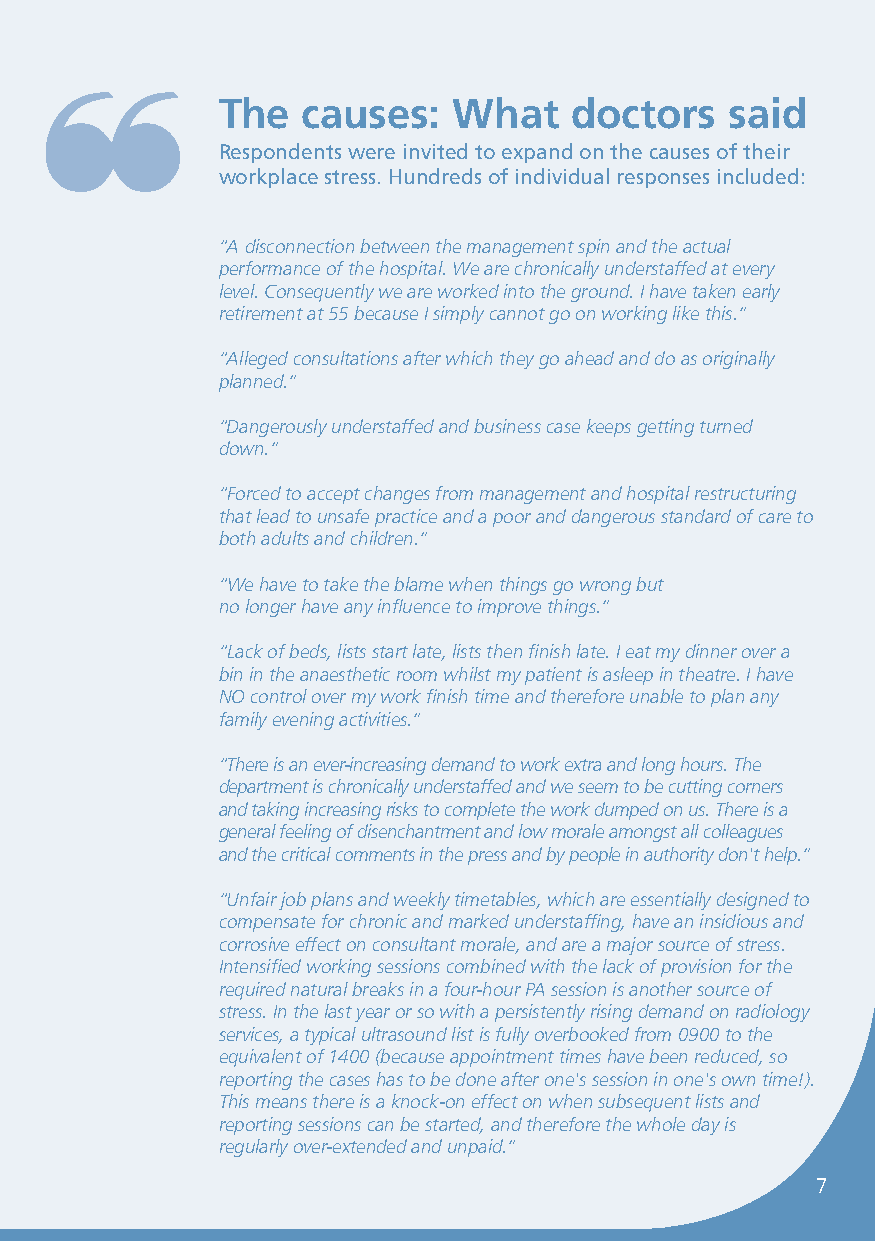
❝
 The   causes:   What    doctors   said
 Respondents were invited to expand on the causes of their
 workplace stress. Hundreds of individual responses included:
 “A disconnection between the management spin and the actual
 performance of the hospital. We are chronically understaffed at every
 level. Consequently we are worked into the ground. I have taken early
 retirement at 55 because I simply cannot go on working like this.”
 “Alleged consultations after which they go ahead and do as originally
 planned.”
 “Dangerously understaffed and business case keeps getting turned
 down.”
 “Forced to accept changes from management and hospital restructuring
 that lead to unsafe practice and a poor and dangerous standard of care to
 both adults and children.”
 “We have to take the blame when things go wrong but
 no longer have any influence to improve things.”
 “Lack of beds, lists start late, lists then finish late. I eat my dinner over a
 bin in the anaesthetic room whilst my patient is asleep in theatre. I have
 NO control over my work finish time and therefore unable to plan any
 family evening activities.”
 “There is an ever-increasing demand to work extra and long hours. The
 department is chronically understaffed and we seem to be cutting corners
 and taking increasing risks to complete the work dumped on us. There is a
 general feeling of disenchantment and low morale amongst all colleagues
 and the critical comments in the press and by people in authority don't help.”
 “Unfair job plans and weekly timetables, which are essentially designed to
 compensate for chronic and marked understaffing, have an insidious and
 corrosive effect on consultant morale, and are a major source of stress.
 Intensified working sessions combined with the lack of provision for the
 required natural breaks in a four-hour PA session is another source of
 stress. In the last year or so with a persistently rising demand on radiology
 services, a typical ultrasound list is fully overbooked from 0900 to the
 equivalent of 1400 (because appointment times have been reduced, so
 reporting the cases has to be done after one's session in one's own time!).
 This means there is a knock-on effect on when subsequent lists and
 reporting sessions can be started, and therefore the whole day is
 regularly over-extended and unpaid.”
 7